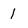
Character: 1